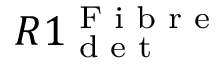
R 1 _ { \textrm { d e t } } ^ { \textrm { F i b r e } }